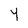
Character: 4